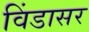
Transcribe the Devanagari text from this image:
विंडासर